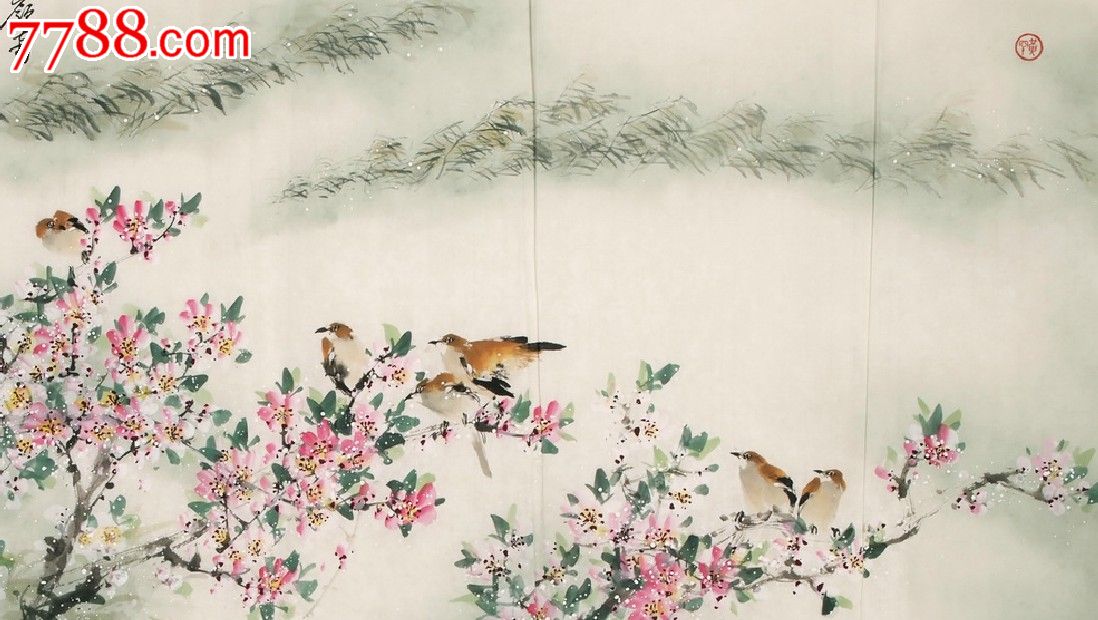
桃花落后蚕齐浴，竹笋抽时燕便来。